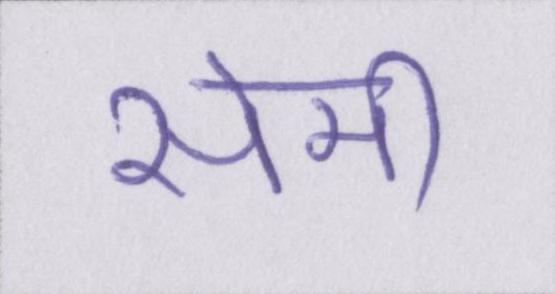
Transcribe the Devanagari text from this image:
सेमी